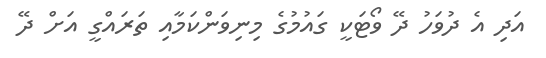
އަދި އެ ދުވަހު ދޭ ވޯޓަކީ ގައުމުގެ މިނިވަންކަމާއި ތަރައްގީ އަށް ދޭ